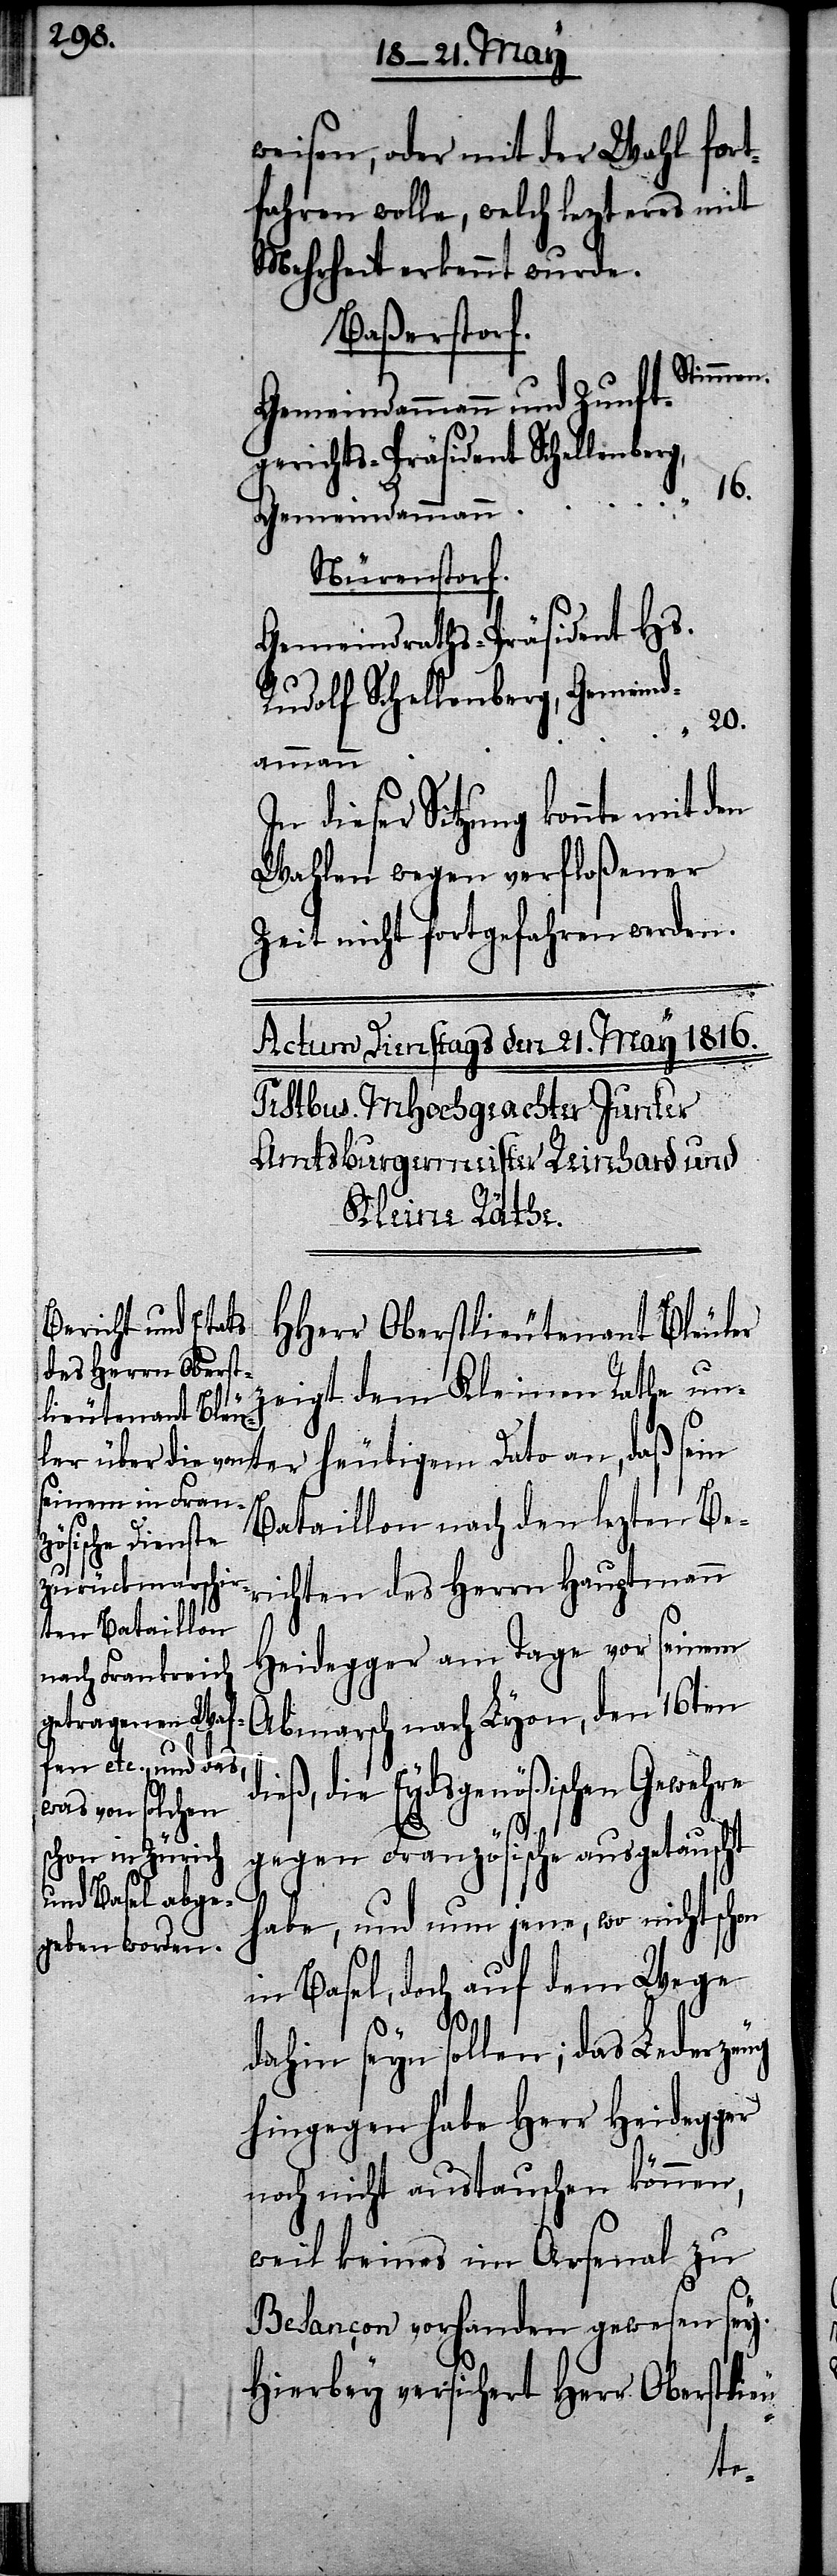
weisen, oder mit der Wahl fort¬
fahren wolle, welch lezteres mit
Mehrheit erkennt wurde.
Baßerstorf.
Stimmen
Gemeindammann und Zunft¬
gerichts-Präsident Schellenberg,
16.
Gemeindammann
Nürenstorf.
Gemeindraths-Präsident Hs.
Rudolf Schellenberg, Gemeind¬
ammann
In dieser Sitzung konnte
Wahlen wegen verfloßener
Zeit nicht fortgefahren werden.
HHerr Oberstlieutenant Bleuler
zeigt dem Kleinen Rathe unt¬
er heutigem Dato an, daß sein
Bataillon nach den letzten Be¬
richten des Herrn Hauptmann
Heidegger am Tage vor seinem
Abmarsch nach Lyon, den 16ten
eß, die Eydsgenößischen Gewehre
gegen Französische ausgetauscht
habe, und nun jene, wo nicht schon
in Basel, doch auf dem Wege
di¬
dahin seyn sollen; das Lederzeug
hingegen habe Herr Heidegger
noch nicht austauschen können,
weil keines in Arsenal zu
Besancon vorhanden gewesen sey.
Hierbey versichert Herr Oberstli¬
eu-